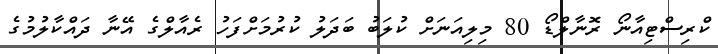
ކްރިސްޓިއާނޯ ރޮނާލްޑޯ 80 މިލިއަނަށް ކުލަބު ބަދަލު ކުރުމަށްފަހު ރެއާލްގެ އޭނާ ދައްކާލުމުގެ